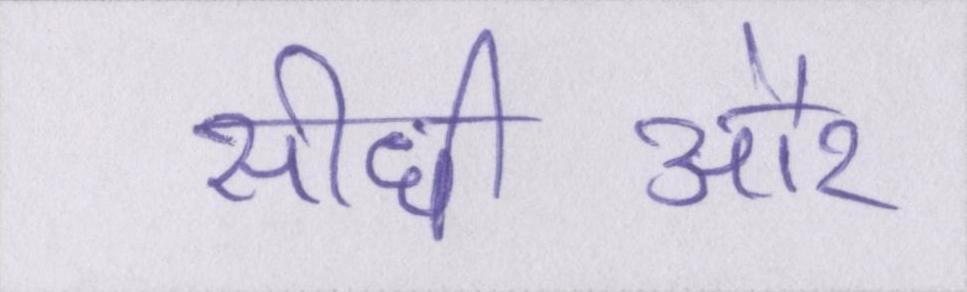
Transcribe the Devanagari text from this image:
सीधीऔर